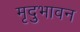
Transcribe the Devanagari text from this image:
मृदुभावन